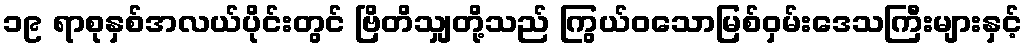
၁၉ ရာစုနှစ်အလယ်ပိုင်းတွင် ဗြိတိသျှတို့သည် ကြွယ်ဝသောမြစ်ဝှမ်းဒေသကြီးများနှင့်